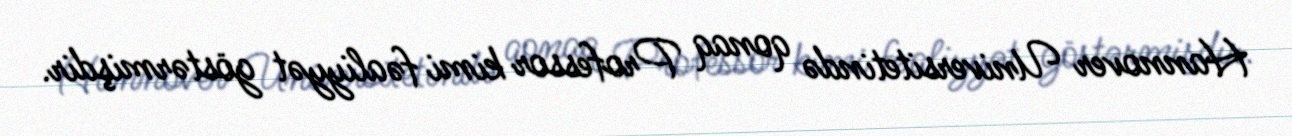
Hannover Universitetində qonaq Professor kimi fəaliyyət göstərmişdir.